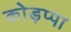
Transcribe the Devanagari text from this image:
कोड़प्पा